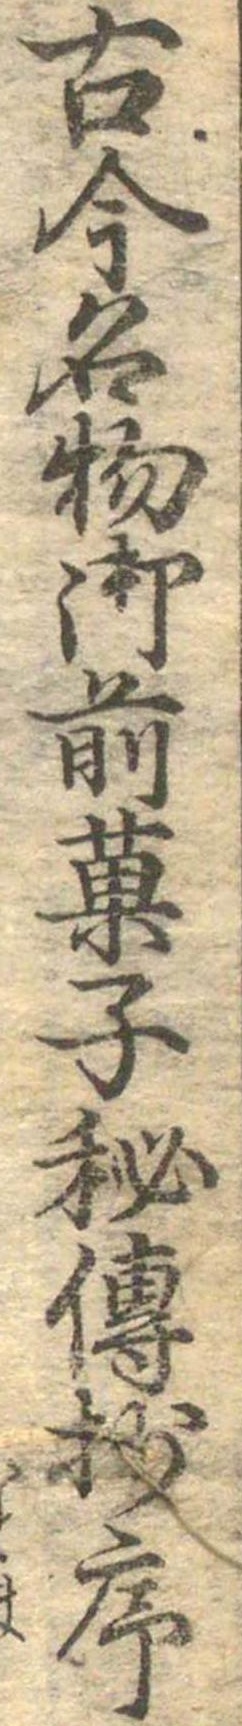
古今名物御前菓子秘伝抄序